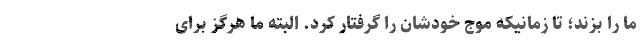
ما را بزند؛ تا زمانیکه موج خودشان را گرفتار کرد. البته ما هرگز برای